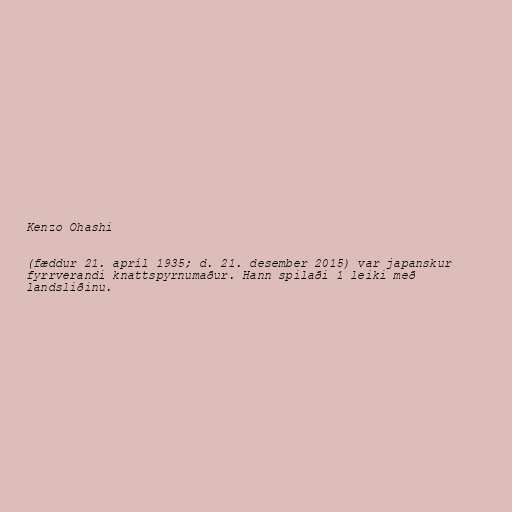
Kenzo Ohashi

(fæddur 21. apríl 1935; d. 21. desember 2015) var japanskur
fyrrverandi knattspyrnumaður. Hann spilaði 1 leiki með
landsliðinu.